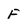
Character: F